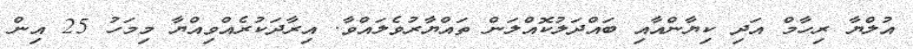
އުލްޔާ ރިހާމް އަދި ކިޔާންއާއި ބައްދަލުކޮއްލަން ތައްޔާރުވެލައްވާ. އިރާދަކުރެއްވިއްޔާ މިމަހު 25 އިން